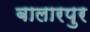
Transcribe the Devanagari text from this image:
बालारपुर